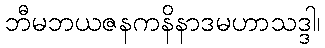
ဘီမဘယဇနကနိနာဒမဟာသဒ္ဒါ၊